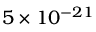
5 \times 1 0 ^ { - 2 1 }